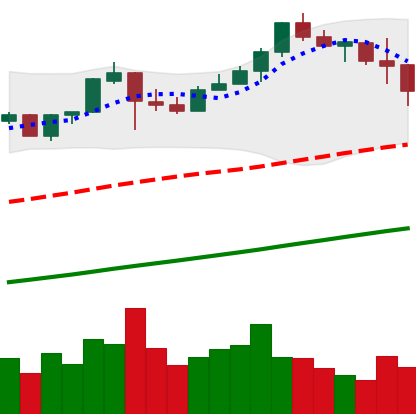
Ticker: BNB-USD
Chart end date: 2019-06-27
Forward return: -5.364%
Label: down_5_7